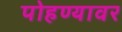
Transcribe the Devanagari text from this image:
पोहण्यावर